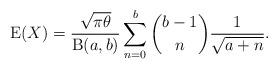
LaTeX: \begin{align*}\operatorname{E}(X)=\frac{\sqrt{\pi\theta}}{\operatorname{B}(a,b)}\sum_{n=0}^b \binom{b-1}{n} \frac{1}{\sqrt{a+n}}.\end{align*}